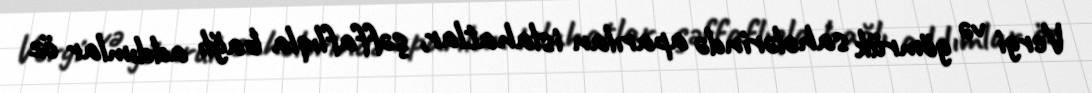
Vergi və gömrük sahələrində aparılan islahatlar, şəffaflıqla bağlı addımlar öz